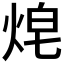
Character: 𱫋